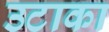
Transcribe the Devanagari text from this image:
उटाका